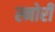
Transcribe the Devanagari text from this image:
स्नोर्री